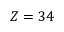
Z = 3 4